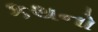
કથનો